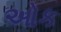
ઓક